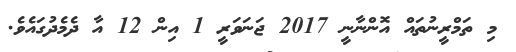
މި ތަމްރީނުތައް އޮންނާނީ 2017 ޖަނަވަރީ 1 އިން 12 އާ ދެމެދުގައެވެ.